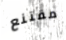
مقتنع